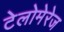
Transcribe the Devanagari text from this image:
टेलोमेरेज